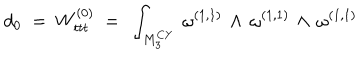
LaTeX: d _ { 0 } ~ = ~ W _ { t t t } ^ { ( 0 ) } ~ = ~ \int _ { { M } _ { 3 } ^ { C Y } } \, \omega ^ { ( 1 , 1 ) } \, \wedge \, \omega ^ { ( 1 , 1 ) } \, \wedge \, \omega ^ { ( 1 , 1 ) }